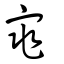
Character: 宨